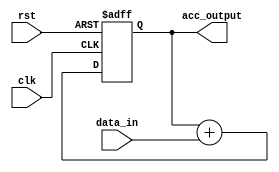
module accumulator (
    input clk,
    input rst,
    input [15:0] data_in,
    output reg [31:0] acc_output
);

reg [31:0] accumulator = 0;

always @(posedge clk or posedge rst) begin
    if (rst) begin
        accumulator <= 0;
    end else begin
        accumulator <= accumulator + data_in;
    end
end

assign acc_output = accumulator;

endmodule